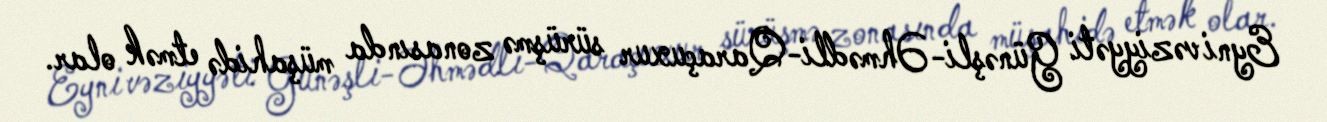
Eyni vəziyyəti Günəşli-Əhmədli-Qaraçuxur sürüşmə zonasında müşahidə etmək olar.